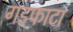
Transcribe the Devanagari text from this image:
गडफाटा